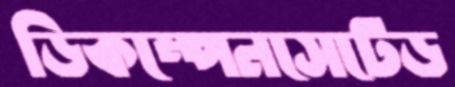
ডিকম্পেনসেটেড